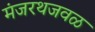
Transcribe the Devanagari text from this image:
मंजरथजवळ